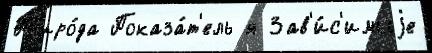
Пр'иро́да Показа́т'ель я Зав'и́с'имыjе